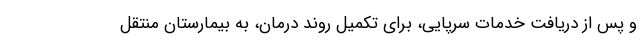
و پس از دریافت خدمات سرپایی، برای تکمیل روند درمان، به بیمارستان منتقل